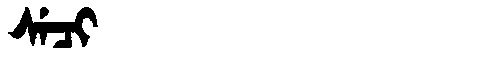
Manchu: ᠰᡝᠴᡳ
Romanization: SECI